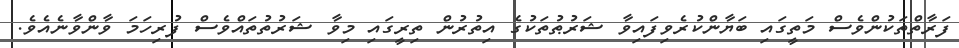
ފަރާތްތަކުންވެސް މަތީގައި ބަޔާންކުރެވިފައިވާ ޝަރުޠުތަކުގެ އިތުރުން ތިރީގައި މިވާ ޝަރުތުތައްވެސް ފުރިހަމަ ވާންވާނެއެވެ.